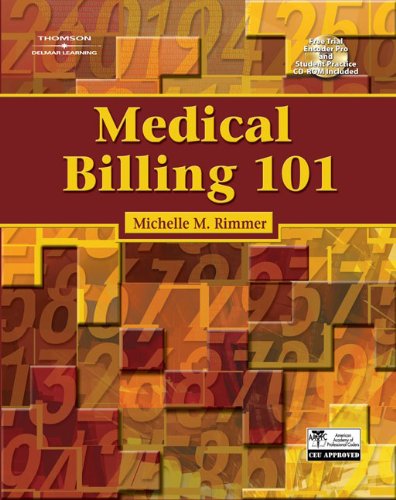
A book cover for Medical Billing 101; Michelle M. Rimmer; Business & Money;